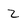
Character: 2